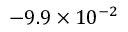
- 9 . 9 \times 1 0 ^ { - 2 }